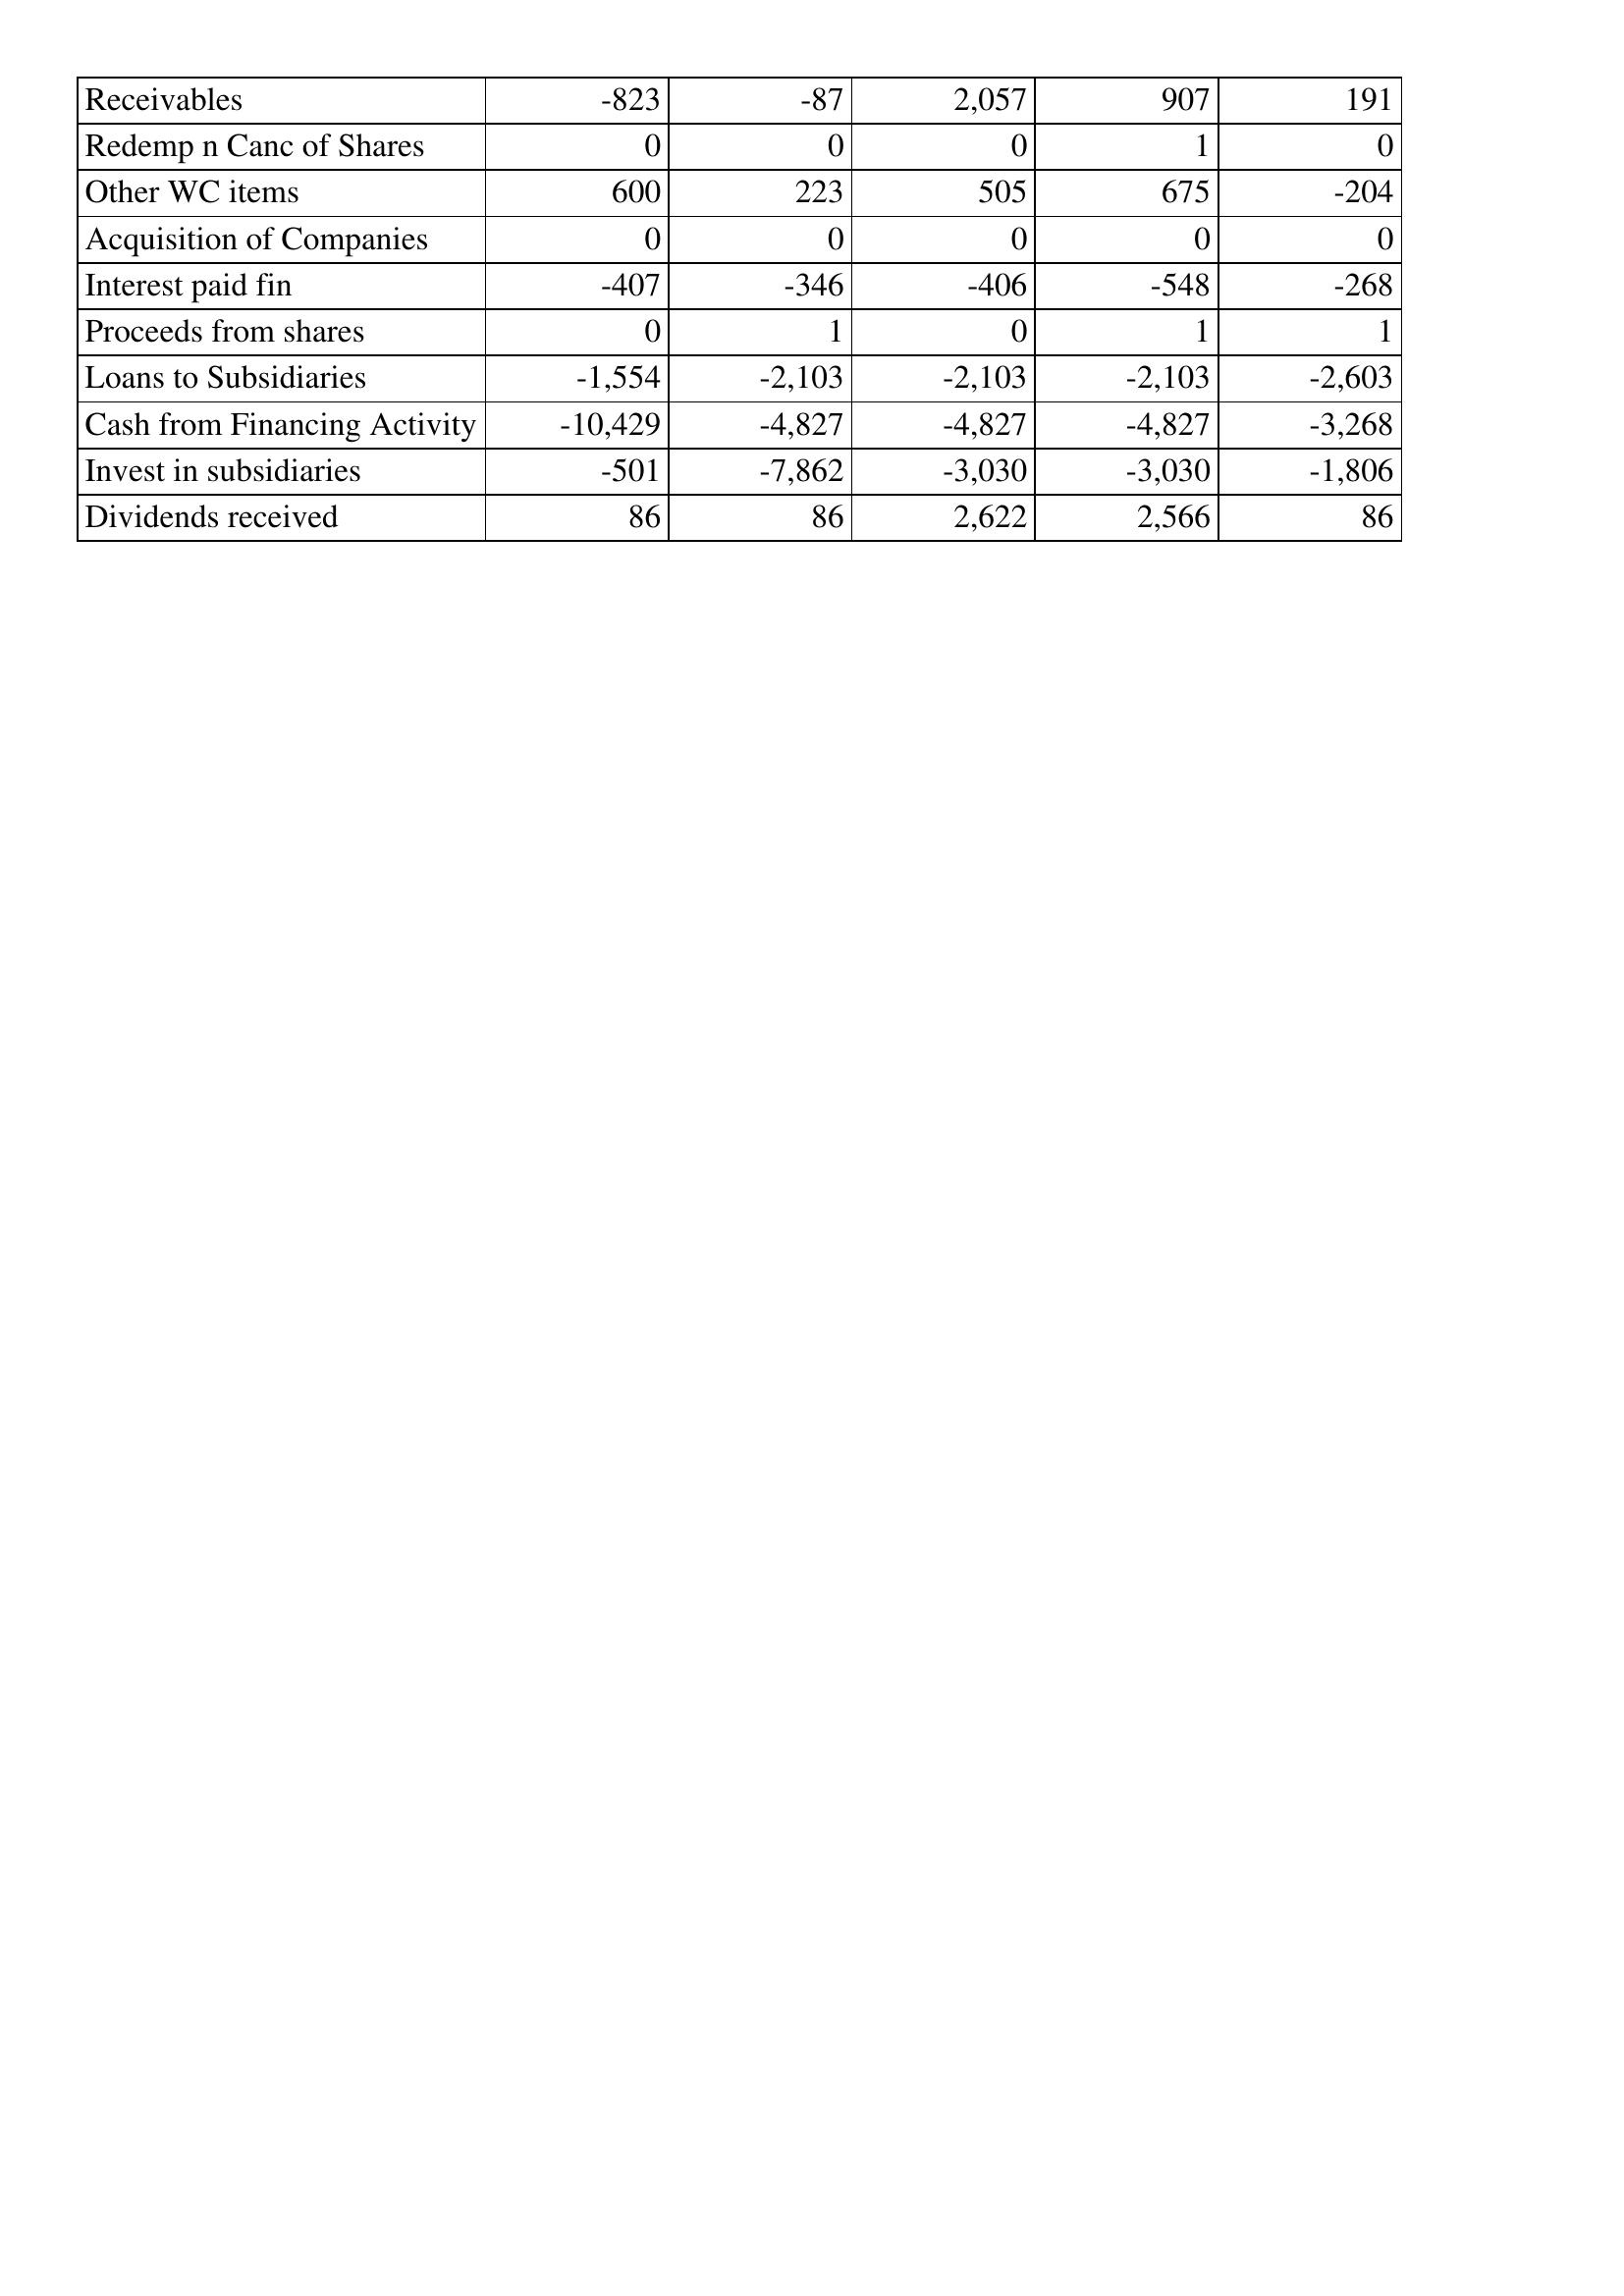
Jul-13: Cash Flows: Receivables: -823
Redemp n Canc of Shares: 0
Other WC items: 600
Acquisition of Companies: 0
Interest paid fin: -407
Proceeds from shares: 0
Loans to Subsidiaries: -1,554
Cash from Financing Activity: -10,429
Invest in subsidiaries: -501
Dividends received: 86
Jul-14: Cash Flows: Receivables: -87
Redemp n Canc of Shares: 0
Other WC items: 223
Acquisition of Companies: 0
Interest paid fin: -346
Proceeds from shares: 1
Loans to Subsidiaries: -2,103
Cash from Financing Activity: -4,827
Invest in subsidiaries: -7,862
Dividends received: 86
Jul-15: Cash Flows: Receivables: 2,057
Redemp n Canc of Shares: 0
Other WC items: 505
Acquisition of Companies: 0
Interest paid fin: -406
Proceeds from shares: 0
Loans to Subsidiaries: -2,103
Cash from Financing Activity: -4,827
Invest in subsidiaries: -3,030
Dividends received: 2,622
Jul-16: Cash Flows: Receivables: 907
Redemp n Canc of Shares: 1
Other WC items: 675
Acquisition of Companies: 0
Interest paid fin: -548
Proceeds from shares: 1
Loans to Subsidiaries: -2,103
Cash from Financing Activity: -4,827
Invest in subsidiaries: -3,030
Dividends received: 2,566
Jul-17: Cash Flows: Receivables: 191
Redemp n Canc of Shares: 0
Other WC items: -204
Acquisition of Companies: 0
Interest paid fin: -268
Proceeds from shares: 1
Loans to Subsidiaries: -2,603
Cash from Financing Activity: -3,268
Invest in subsidiaries: -1,806
Dividends received: 86